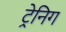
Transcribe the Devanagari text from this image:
ट्रेनिग